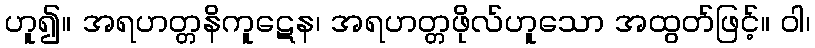
ဟူ၍။ အရဟတ္တနိကူဋေန၊ အရဟတ္တဖိုလ်ဟူသော အထွတ်ဖြင့်။ ဝါ၊